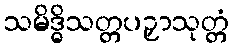
သမိဒ္ဓိသတ္တပဉှာသုတ္တံ